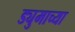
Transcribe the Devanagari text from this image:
ड्युमाच्या